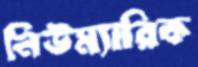
নিউম্যারিক